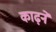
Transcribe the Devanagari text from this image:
काढ़ने